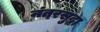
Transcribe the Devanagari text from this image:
नंतरसुद्धा